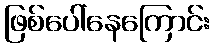
ဖြစ်ပေါ်နေကြောင်း